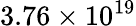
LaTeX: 3.76\times 10^{19}